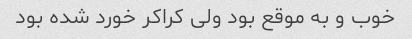
خوب و به موقع بود ولی کراکر خورد شده بود